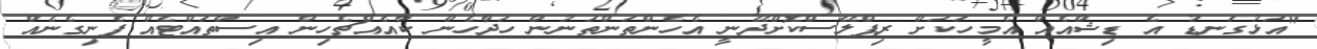
"އަޅުގަނޑު އެ ޑިޝްއެއް އެމީހަކަށް ރިޕްލޭސްކޮށްދޭނީ އެހެންތަންތަނުން ހަދާހެން ކާއެއްޗެހިން އިސްތައްޓެއް ފެނިގެނެއް